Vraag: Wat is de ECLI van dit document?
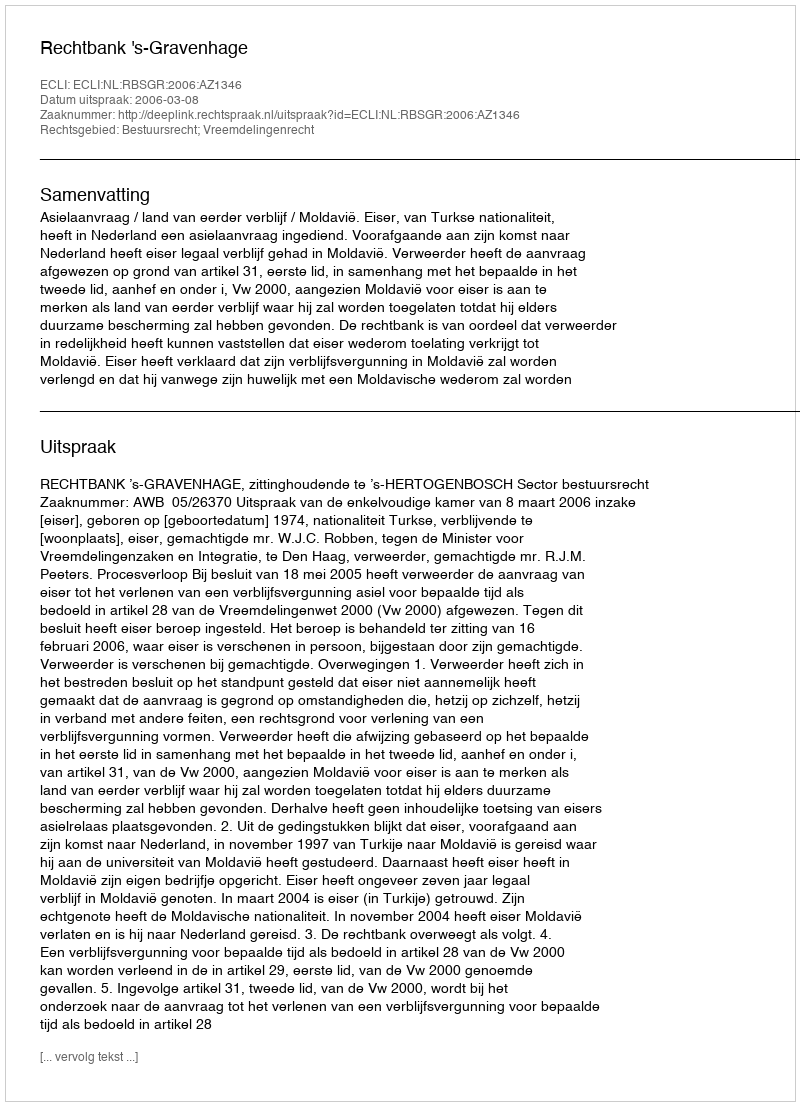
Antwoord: ECLI:NL:RBSGR:2006:AZ1346